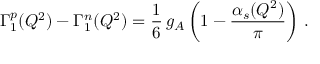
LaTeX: \Gamma _ { 1 } ^ { p } ( Q ^ { 2 } ) - \Gamma _ { 1 } ^ { n } ( Q ^ { 2 } ) = \frac { 1 } { 6 } \, g _ { A } \left( 1 - \frac { \alpha _ { s } ( Q ^ { 2 } ) } { \pi } \right) \, .